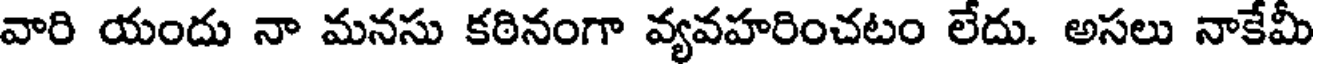
వారి యందు నా మనసు కఠినంగా వ్యవహరించటం లేదు. అసలు నాకేమీ